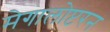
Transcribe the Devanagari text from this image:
मेगालोप्टरन